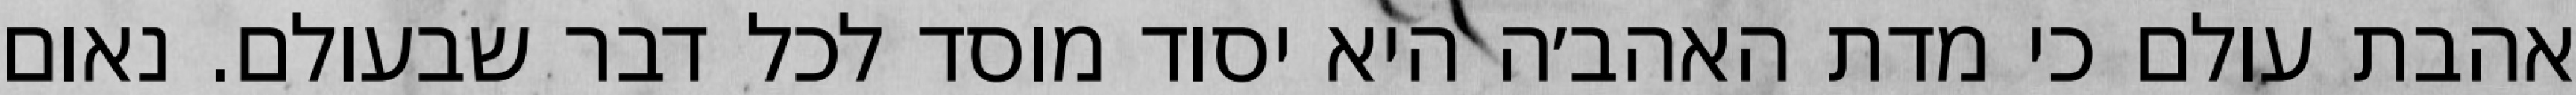
אהבת עולם כי מדת האהב׳ה היא יסוד מוסד לכל דבר שבעולם. נאום